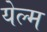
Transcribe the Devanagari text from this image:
येल्म